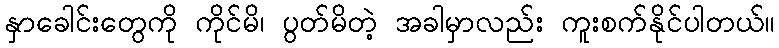
နှာခေါင်းတွေကို ကိုင်မိ၊ ပွတ်မိတဲ့ အခါမှာလည်း ကူးစက်နိုင်ပါတယ်။